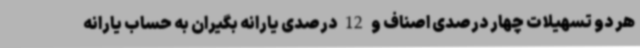
هر دو تسهیلات چهار درصدی اصناف و 12 درصدی یارانه بگیران به حساب یارانه